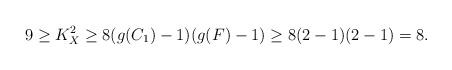
LaTeX: \begin{align*}9\ge K_X^2\ge 8(g(C_1)-1)(g(F)-1)\ge 8(2-1)(2-1)=8.\end{align*}